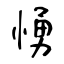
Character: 愑